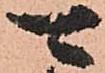
可